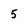
Character: 5